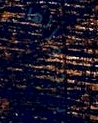
بحوزتها